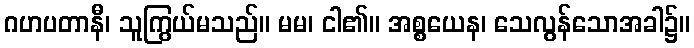
ဂဟပတာနီ၊ သူကြွယ်မသည်။ မမ၊ ငါ၏။ အစ္စယေန၊ သေလွန်သောအခါ၌။